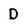
Character: D